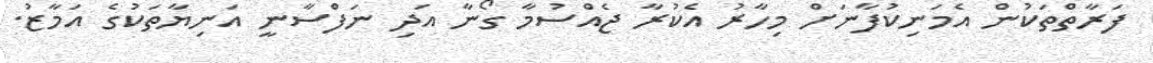
ފަރާތްތަކުން އެމަނިކުފާނަށް މިހާރު އެކުރާ ޖެއްސުމާ ގޯނާ އަދި ނަފްސާނީ އަނިޔާތަކުގެ އަމާޒު.